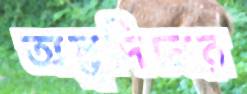
অল্পদিনের